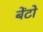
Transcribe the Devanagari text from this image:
बेंटो